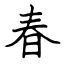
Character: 春